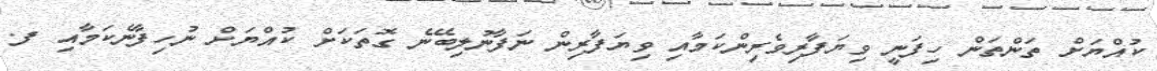
ކުއްޔަށް ތަންތަން ހިފަނީ ވިޔަފާރިވެރިންކަމާއި ވިޔަފާރިން ނަފާނުލިބޭނެ ގޮތަކަށް ކުއްޔަށް ނުހިފާނެކަމާއި ފ.